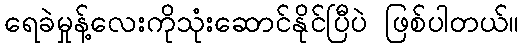
ရေခဲမှုန့်လေးကိုသုံးဆောင်နိုင်ပြီပဲ ဖြစ်ပါတယ်။